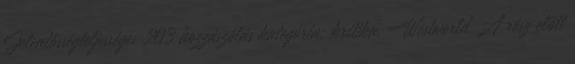
Jelentősségteljességes 203 hozzászólás kategória: kritika, Westworld A rész előtt